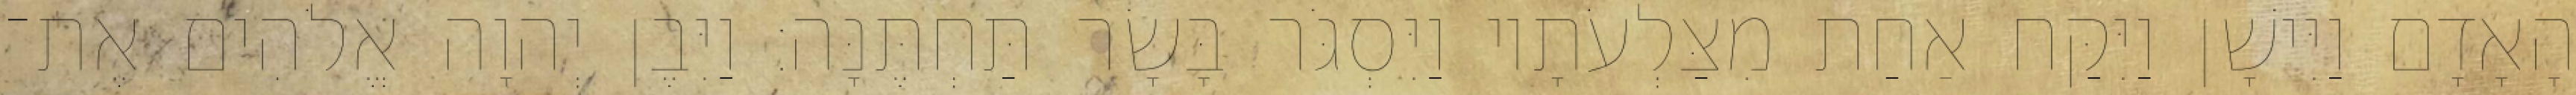
הָאָדָם וַיִּישָׁן וַיִּקַּח אַחַת מִצַּלְעֹתָיו וַיִּסְגֹּר בָּשָׂר תַּחְתֶּנָּה׃ וַיִּבֶן יְהוָה אֱלֹהִים אֶת־